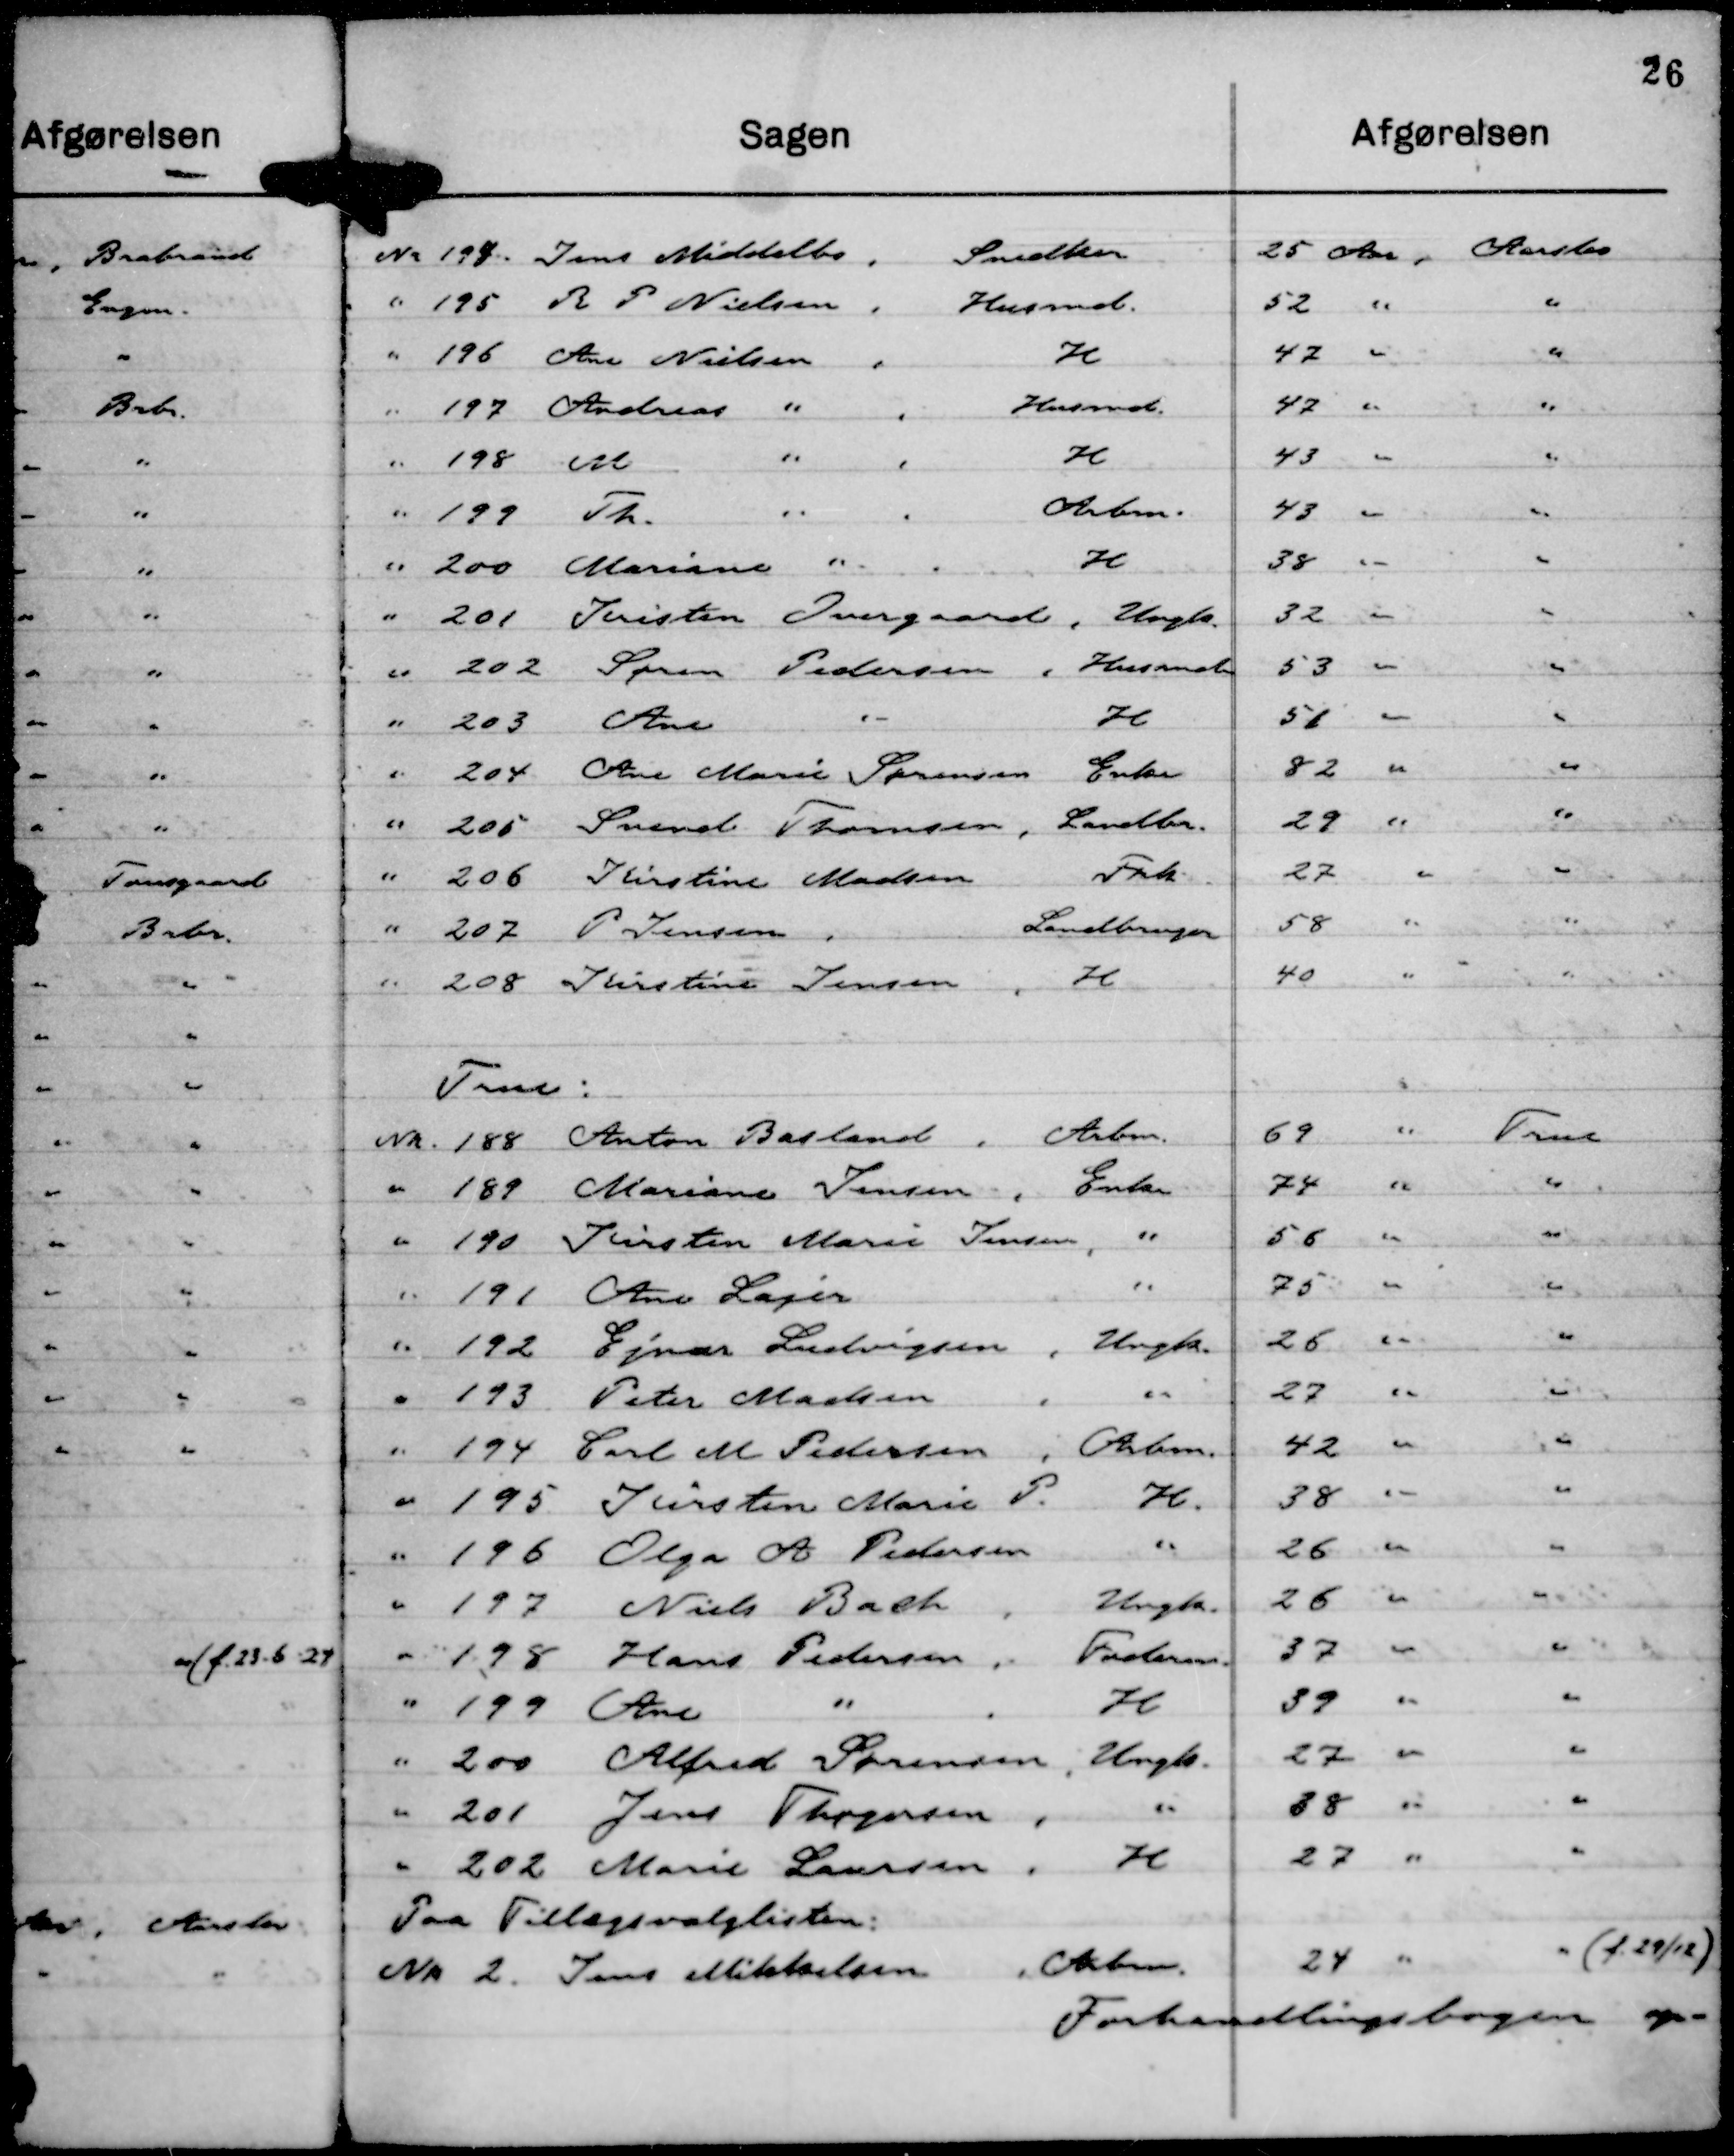
Transskription:
Nr 194 Jens Middelbo ,
Snedker
25 Aar,
Aarslev

" 195 R P Nielsen ,
Husmd.
52 "
"

" 196 Ane Nielsen ,
H
47 "
"

" 197 Andreas "
,
Husmd.
47 "
"

" 198 M
"
,
H
43 "
"

" 199 Th.
"
,
Arbm.
43 "
"

" 200 Mariane " ,
H
38 "
"

" 201 Kristen Overgaard , Ungk.
32 "
"

" 202 Søren Pedersen , Husmd
53 "
"

" 203 Ane
"
H
51 "
"

" 204 Ane Marie Sørensen Enke
82 "
"

" 205 Svend Thomsen , Landbr.
29 "
"

" 206 Kirstine Madsen
Frk.
27 "
"

" 207 P. Jensen ,
Landbruger
58 "
"

" 208 Kirstine Jensen , H
40 "
"

True:

Nr. 188 Anton Basland , Arbm.
69 "
True

" 189 Mariane Jensen , Enke
74 "
"

" 190 Kirsten Marie Jensen , "
56 "
"

" 191 Ane Lajer
"
75 "
"

" 192 Ejnar Ludvigsen ,
Ungk.
26 "
"

" 193 Peter Madsen ,
"
27 "
"

" 194 Carl M Pedersen , Arbm.
42 "
"

" 195 Kirsten Marie P.
H.
38 "
"

" 196 Olga A Pedersen
"
26 "
"

" 197 Niels Bach ,
Ungk.
26 "
"

" 198 Hans Pedersen , Foderm.
37 "
"

" 199 Ane
"
,
H
39 "
"

" 200 Alfred Sørensen , Ungk.
27 "
"

" 201 Jens Thøgersen ,
"
28 "
"

" 202 Marie Laursen ,
H
27 "
"

Paa Tilvalgslisten:
Nr 2. Jens Mikkelsen
, Arbm.
24 "
"
( f. 29/12 )

Forhandlingsbogen op-